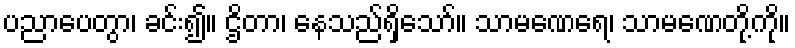
ပညာပေတွာ၊ ခင်း၍။ ဌိတာ၊ နေသည်ရှိသော်။ သာမဏေရေ၊ သာမဏေတို့ကို။